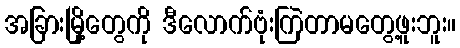
အခြားမြို့တွေကို ဒီလောက်ဗုံးကြဲတာမတွေ့ဖူးဘူး။